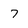
Character: 7